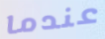
عندما